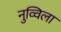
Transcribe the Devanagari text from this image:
नुव्विला